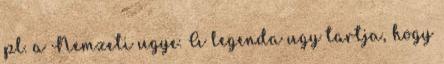
pl. a Nemzeti ugye. A legenda ugy tartja, hogy